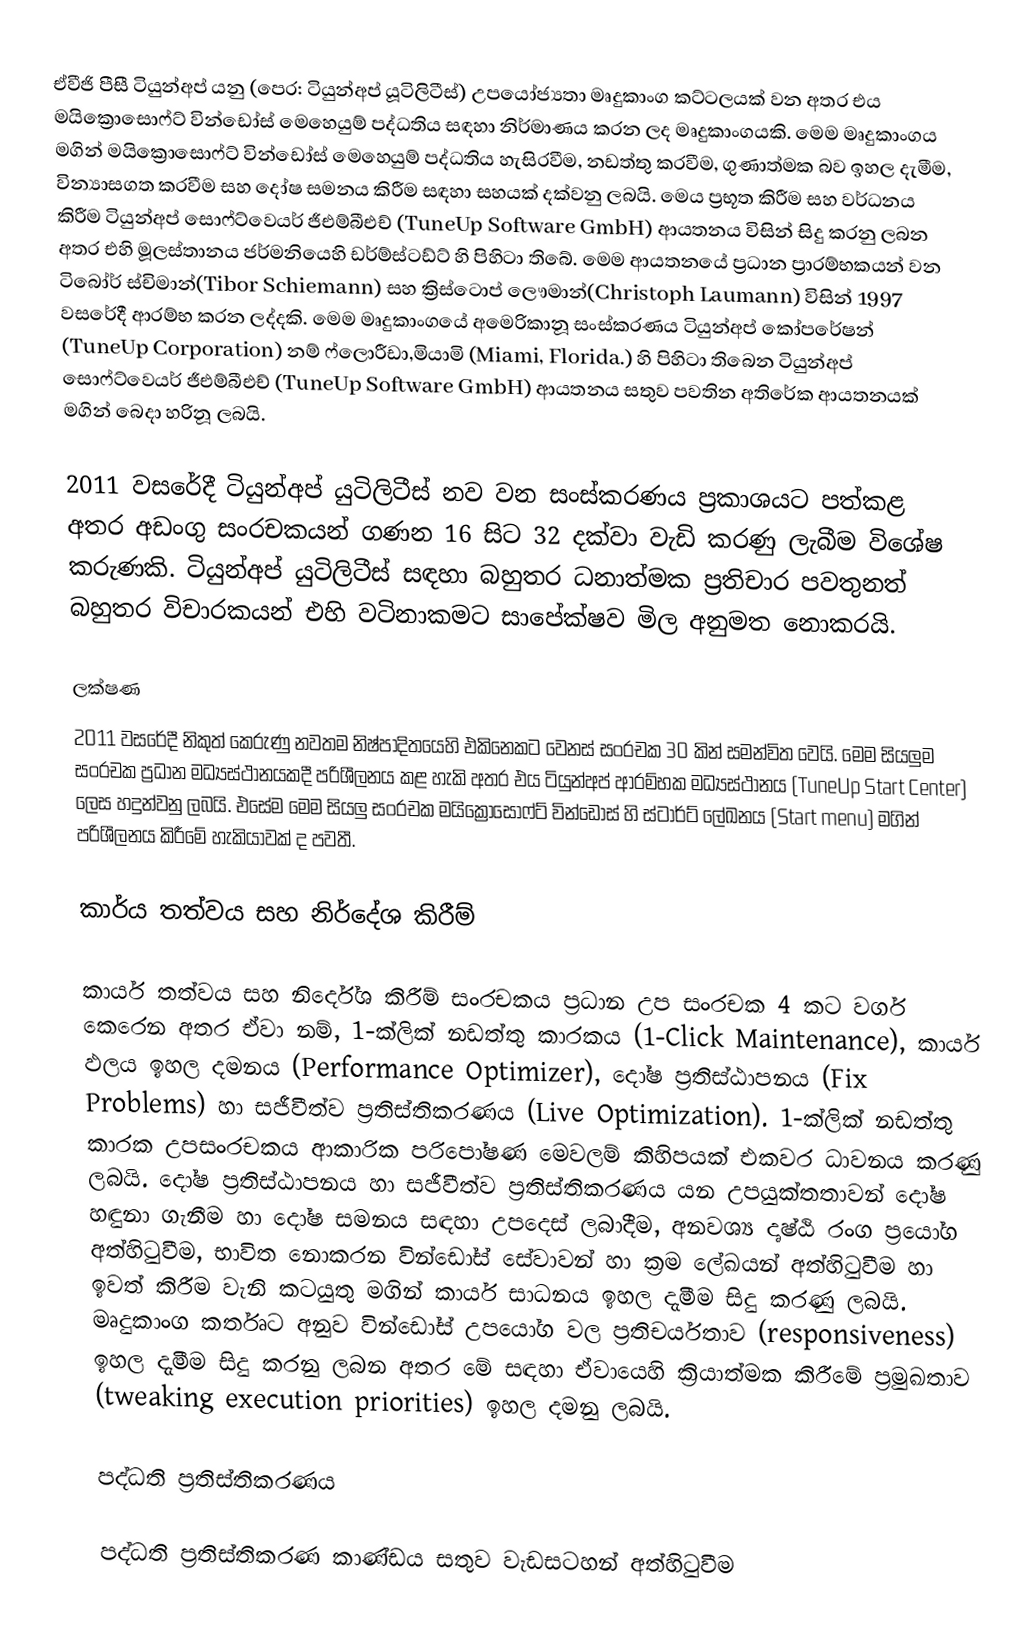
ඒවීජි පීසී ටියුන්අප් යනු (පෙර: ටියුන්අප් යූටිලිටීස්) උපයෝජ්‍යතා මෘදුකාංග කට්ටලයක් වන අතර එය මයික්‍රොසොෆ්ට් වින්ඩෝස් මෙහෙයුම් පද්ධතිය සඳහා නිර්මාණය කරන ලද මෘදුකාංගයකි. මෙම මෘදුකාංගය මගින් මයික්‍රොසොෆ්ට් වින්ඩෝස් මෙහෙයුම් පද්ධතිය හැසිරවීම, නඩත්තු කරවීම, ගුණාත්මක බව ඉහල දැමීම, වින්‍යාසගත කරවීම සහ දෝෂ සමනය කිරීම සඳහා සහයක් දක්වනු ලබයි. මෙය ප්‍රභූත කිරීම සහ වර්ධනය කිරීම ටියුන්අප් සොෆ්ට්වෙයර් ජීඑම්බීඑච් (TuneUp Software GmbH) ආයතනය විසින් සිදු කරනු ලබන අතර එහි මූලස්තානය ජර්මනියෙහි ඩර්ම්ස්ටඩ්ට් හි පිහිටා තිබේ. මෙම ආයතනයේ ප්‍රධාන ප්‍රාරම්භකයන් වන ටිබෝර් ස්චිමාන්(Tibor Schiemann) සහ  ක්‍රිස්ටොප් ලෞමාන්(Christoph Laumann) විසින් 1997  වසරේදී ආරම්භ කරන ලද්දකි. මෙම  මෘදුකාංගයේ අමෙරිකානූ සංස්කරණය ටියුන්අප් කෝපරේෂන් (TuneUp Corporation) නම් ෆ්ලොරීඩා,මියාමි (Miami, Florida.) හි පිහිටා තිබෙන ටියුන්අප් සොෆ්ට්වෙයර් ජීඑම්බීඑච් (TuneUp Software GmbH) ආයතනය සතුව පවතින අතිරේක ආයතනයක් මගින් බෙදා හරිනූ ලබයි.

2011 වසරේදී ටියුන්අප් යුටිලිටීස් නව වන සංස්කරණය ප්‍රකාශයට පත්කළ අතර අඩංගු සංරචකයන් ගණන 16 සිට 32 දක්වා වැඩි කරණු ලැබීම විශේෂ කරුණකි. ටියුන්අප් යුටිලිටීස් සඳහා බහුතර ධනාත්මක ප්‍රතිචාර පවතුනත් බහුතර විචාරකයන් එහි වටිනාකමට සාපේක්ෂව මිල අනුමත නොකරයි.

ලක්ෂණ
2011 වසරේදී නිකුත් කෙරුණු නවතම නිෂ්පාදිතයෙහි එකිනෙකට වෙනස් සංරචක 30 කින් සමන්විත වෙයි. මෙම සියලුම සංරචක ප්‍රධාන මධ්‍යස්ථානයකදී පරිශීලනය කළ හැකි අතර එය ටියුන්අප් ආරම්භක මධ්‍යස්ථානය (TuneUp Start Center) ලෙස හදුන්වනු ලබයි. එසේම මෙම සියලු සංරචක මයික්‍රොසොෆ්ට් වින්ඩෝස් හි ස්ටාර්ට් ලේඛනය (Start menu) මගින් පරිශීලනය කිරීමේ හැකියාවක් ද පවතී.

කාර්ය තත්වය සහ නිර්දේශ කිරීම්

කාර්ය තත්වය සහ නිර්දේශ කිරීම් සංරචකය ප්‍රධාන උප සංරචක 4 කට වර්ග කෙරෙන අතර ඒවා නම්, 1-ක්ලික් නඩත්තු කාරකය (1-Click Maintenance), කාර්ය ඵලය ඉහල දමනය (Performance Optimizer), දෝෂ ප්‍රතිස්ඨාපනය (Fix Problems) හා සජීවීත්ව ප්‍රතිස්තිකරණය (Live Optimization). 1-ක්ලික් නඩත්තු කාරක උපසංරචකය ආකාරික පරිපෝෂණ මෙවලම් කිහිපයක් එකවර ධාවනය කරණු ලබයි. දෝෂ ප්‍රතිස්ඨාපනය  හා සජීවීත්ව ප්‍රතිස්තිකරණය යන උපයුක්තතාවන් දෝෂ හඳුනා ගැනීම හා දෝෂ සමනය සඳහා උපදෙස් ලබාදීම, අනවශ්‍ය දෘෂ්ඨි රංග ප්‍රයෝග අත්හිටුවීම, භාවිත නොකරන වින්ඩෝස් සේවාවන් හා ක්‍රම ලේඛයන් අත්හිටුවීම හා ඉවත් කිරීම වැනි කටයුතු මගින් කාර්ය සාධනය ඉහල දැමීම සිදු කරණු ලබයි. මෘදුකාංග කර්තෘට අනුව වින්ඩෝස් උපයෝග වල ප්‍රතිචර්යතාව (responsiveness) ඉහල දැමීම සිදු කරනු ලබන අතර මේ සඳහා ඒවායෙහි ක්‍රියාත්මක කිරීමේ ප්‍රමුඛතාව (tweaking execution priorities) ඉහල දමනු ලබයි.

පද්ධති ප්‍රතිස්තිකරණය

පද්ධති ප්‍රතිස්තිකරණ කාණ්ඩය සතුව වැඩසටහන් අත්හිටුවීම